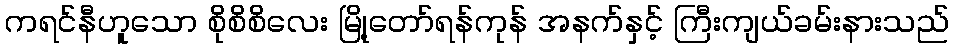
ကရင်နီဟူသော စိုစိစိလေး မြို့တော်ရန်ကုန် အနက်နှင့် ကြီးကျယ်ခမ်းနားသည်